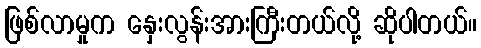
ဖြစ်လာမှုက နှေးလွန်းအားကြီးတယ်လို့ ဆိုပါတယ်။